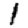
Digit: 1